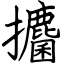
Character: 攟